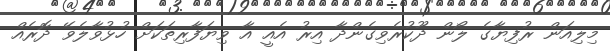
މިލިއަން ރުފިޔާގެ ލޯން ދޫކުރެވިގެންދާ އިރު އެއީ އާ ވިޔަފާރިތަކަށް ހުޅުވާލެވޭ ދޮރެއް